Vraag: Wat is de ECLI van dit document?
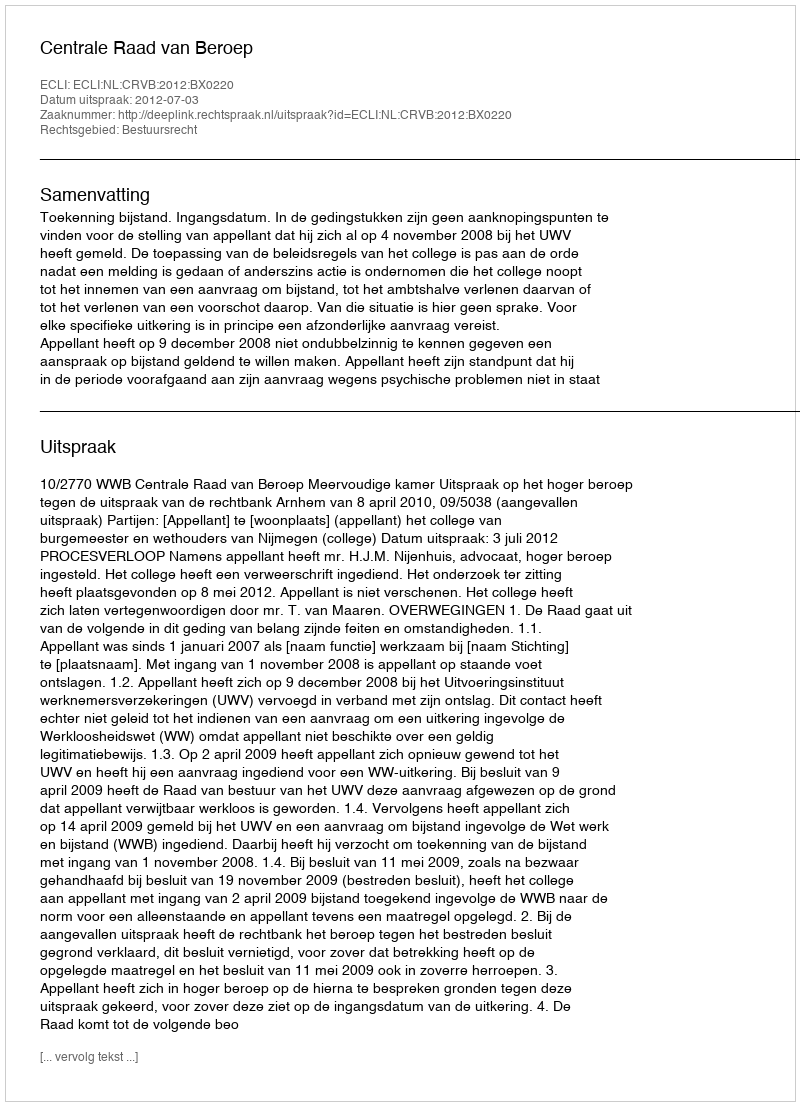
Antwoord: ECLI:NL:CRVB:2012:BX0220